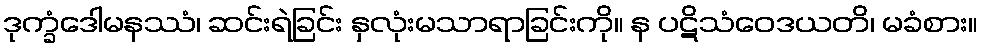
ဒုက္ခံဒေါမနဿံ၊ ဆင်းရဲခြင်း နှလုံးမသာရာခြင်းကို။ န ပဋိသံဝေဒယတိ၊ မခံစား။